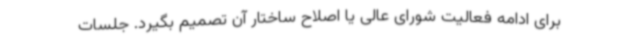
برای ادامه فعالیت شورای عالی یا اصلاح ساختار آن تصمیم بگیرد. جلسات